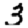
Digit: 3